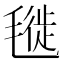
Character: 𣯪